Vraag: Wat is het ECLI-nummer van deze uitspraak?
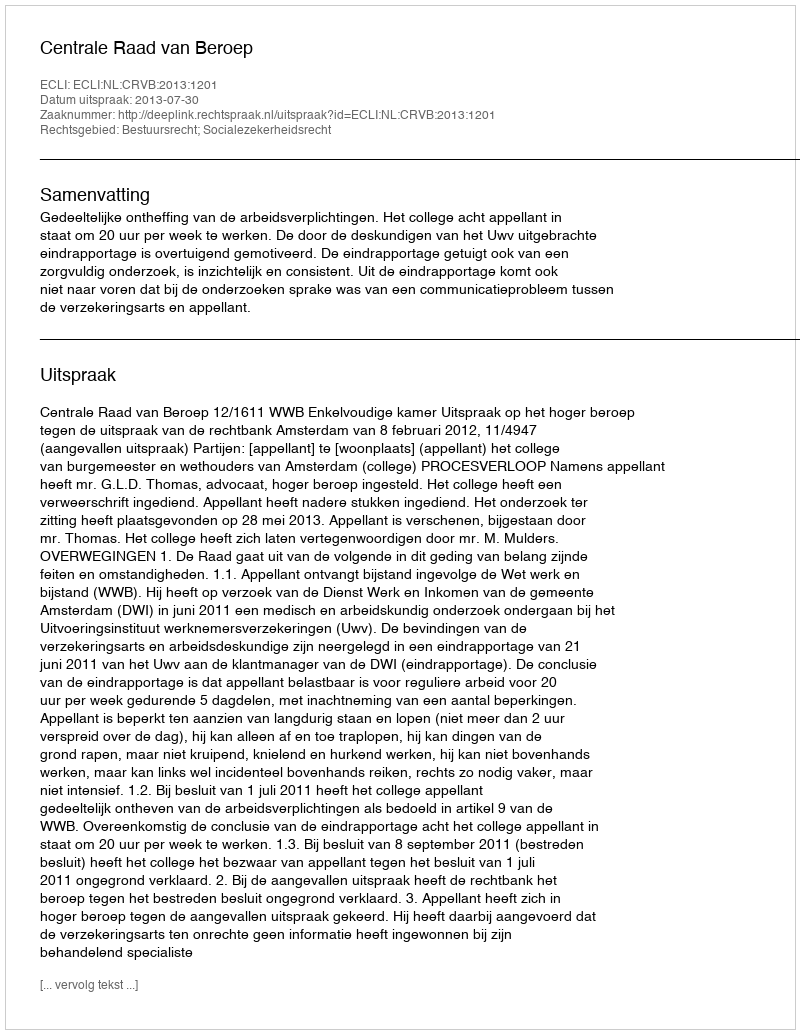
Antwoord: ECLI:NL:CRVB:2013:1201